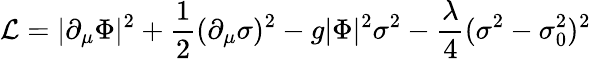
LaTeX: {\mathcal{L}}=|\partial_{\mu}\Phi|^{2}+{\frac{1}{2}}(\partial_{\mu}\sigma)^{2}-g|\Phi|^{2}\sigma^{2}-{\frac{\lambda}{4}}(\sigma^{2}-\sigma_{0}^{2})^{2}